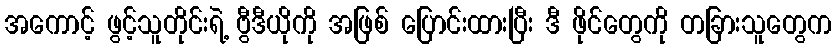
အကောင့် ဖွင့်သူတိုင်းရဲ့ ဗွီဒီယိုကို အဖြစ် ပြောင်းထားပြီး ဒီ ဖိုင်တွေကို တခြားသူတွေက